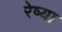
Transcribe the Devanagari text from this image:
रेष्या